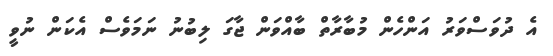
އެ ދުވަސްވަރު އަންހެން މުބާރާތް ބާއްވަން ޖާގަ ލިބުނު ނަމަވެސް އެކަން ނުވީ